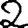
Digit: 2